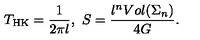
T _ { \mathrm { H K } } = \frac { 1 } { 2 \pi l } , \ S = \frac { l ^ { n } V o l ( \Sigma _ { n } ) } { 4 G } .